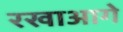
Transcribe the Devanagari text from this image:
रखाआगे